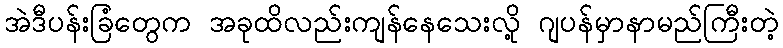
အဲဒီပန်းခြံတွေက အခုထိလည်းကျန်နေသေးလို့ ဂျပန်မှာနာမည်ကြီးတဲ့